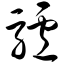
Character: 驴